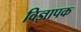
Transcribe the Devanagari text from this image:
विज्ञापक